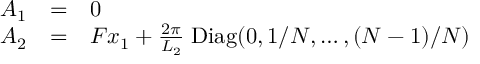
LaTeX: \begin{array} { l l l } { { A _ { 1 } } } & { { = } } & { { 0 } } \\ { { A _ { 2 } } } & { { = } } & { { F x _ { 1 } + \frac { 2 \pi } { L _ { 2 } } \; \mathrm { D i a g } ( 0 , 1 / N , \ldots , ( N - 1 ) / N ) } } \end{array}